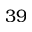
3 9